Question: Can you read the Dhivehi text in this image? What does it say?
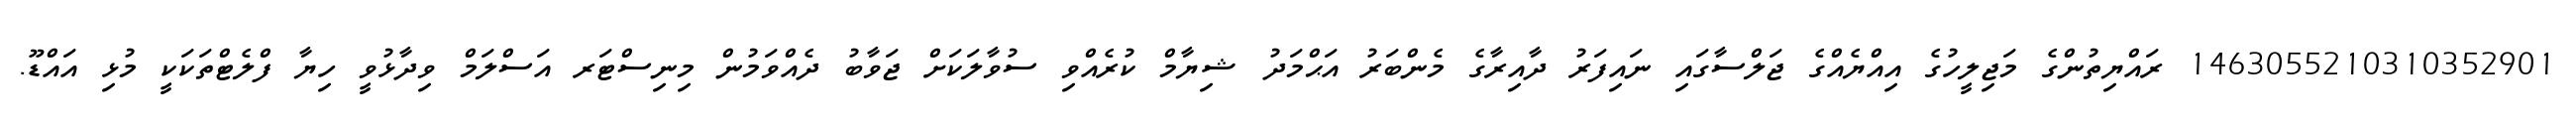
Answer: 1463055210310352901 ރައްޔިތުންގެ މަޖިލީހުގެ އިއްޔެއްގެ ޖަލްސާގައި ނައިފަރު ދާއިރާގެ މެންބަރު އަޙްމަދު ޝިޔާމް ކުރެއްވި ސުވާލަކަށް ޖަވާބު ދެއްވަމުން މިނިސްޓަރ އަސްލަމް ވިދާޅުވީ ހިޔާ ފްލެޓްތަކަކީ މުޅި އައްޑޫ.